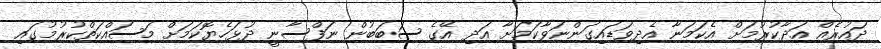
ދައުރެއް އަދާކުރުމަށް އެކަމަނާ އެދިވަޑައިގަންނަވާކަމަށާ އަދި އޭގެ ސަބަބުން ނަފްސާނީ ދުޅަހެޔޮކަމަށް މަސައްކަތްކުރުމުގައި